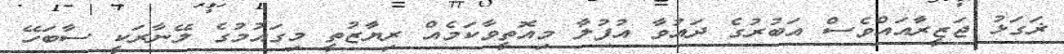
ޜަގަޅު ޖަޒީރާއައްވެސް އަބުރުގެ ދައުވާ އުފުލާ މިއޮތީވާކަމެއް ރިޔާޒުތީ މިގައުމުގެ ލޭނާރަކީ ސާބަހޭ